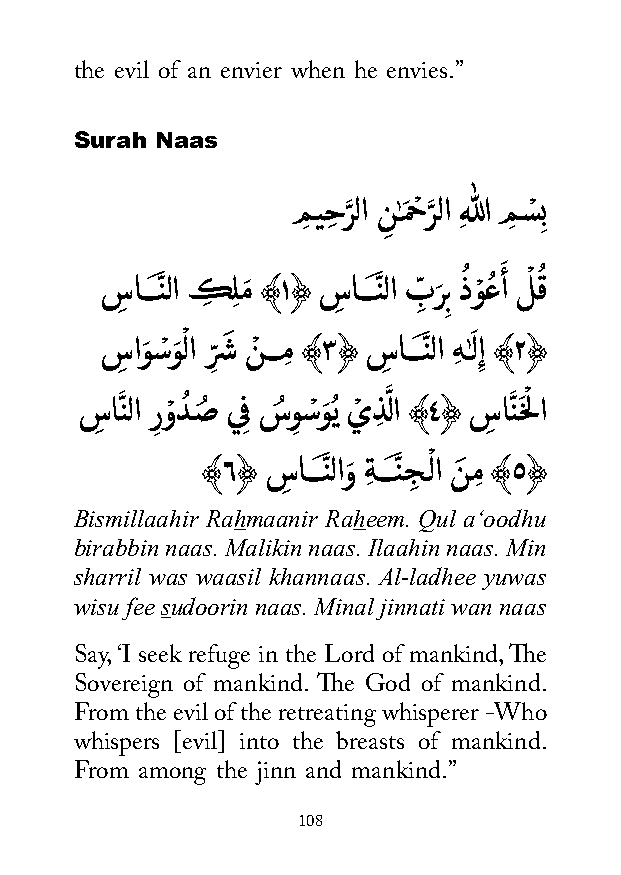
the evil of an envier when he envies.”
 Surah Naas
 مِ يحِ رَّ لا ن
 ِ
 ٰـمَ حْ رَّ لا ِهللا مِ سْ ِب
 َ
 سِ اـــنَّ لا كِ ِلمَ ﴾١﴿ سِ اـــنَّ لا بِّ رَ ِب ذُ وْ عُ أ لْ قُ
 سِ اوَ سْوَ ْ لا رِّشَ نْ ـــمِ ﴾٣﴿ سِ اـــنَّ لا هِ ٰـَ لِإ ﴾٢﴿
 سِ انَّ لا ر
 ِ
 وْ دُ صُ ي ِف سُ و
 ِ
 سْوَ ُي يْ ذِ لَّ ا ﴾٤﴿ سِ انَّ خَلْ ا
 ﴾٦﴿  سِ اـــنَّ لاوَ ةِ ـــنَّ جِ ـْ لا نَ مِ ﴾٥﴿
 Bismillaahir Rahmaanir Raheem. Qul a‘oodhu
 birabbin naas. Malikin naas. Ilaahin naas. Min
 sharril was waasil khannaas. Al-ladhee yuwas
 wisu fee sudoorin naas. Minal jinnati wan naas
 Say, ‘I seek refuge in the Lord of mankind, The
 Sovereign of mankind. The God of mankind.
 From the evil of the retreating whisperer -Who
 whispers [evil] into the breasts of mankind.
 From among the jinn and mankind.”
 108